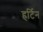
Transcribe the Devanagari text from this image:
हर्टिन